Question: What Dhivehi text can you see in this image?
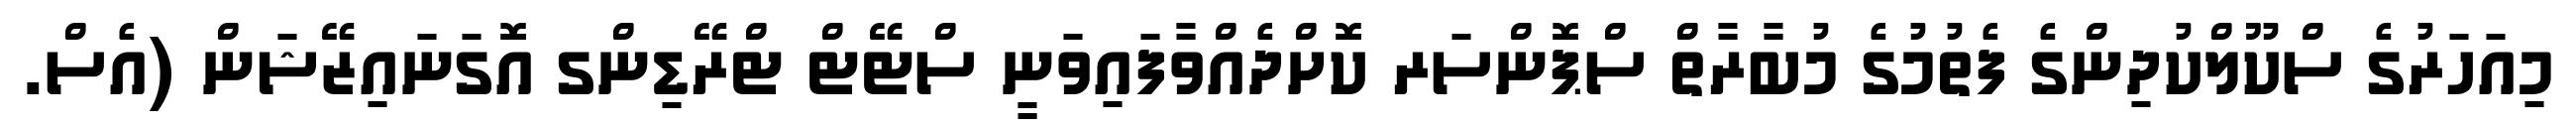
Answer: މިއަހަރުގެ ސްކޫލްކުދިންގެ ފެތުމުގެ މުބާރާތް ސްޕޮންސަރ ކޮށްދެއްވާފައިވަނީ ސްޓޭޓް ޓްރޭޑިންގ އޮގަނައިޒޭޝަން (އެސް.